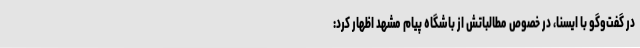
در گفت‌وگو با ایسنا، در خصوص مطالباتش از باشگاه پیام مشهد اظهار کرد: